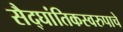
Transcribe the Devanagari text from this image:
सैद्घांतिकस्वरुपाचे